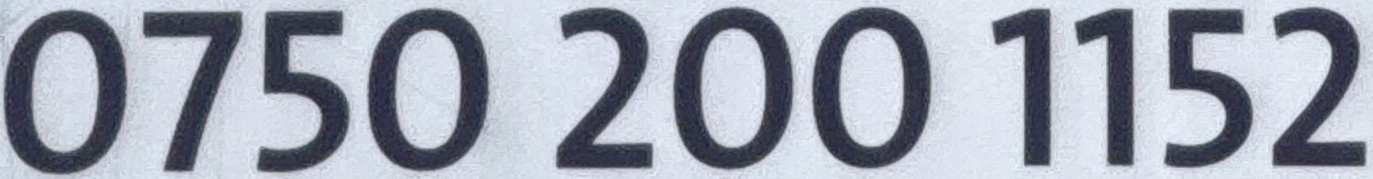
0750 200 1152